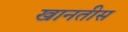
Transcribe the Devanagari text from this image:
खानतीस